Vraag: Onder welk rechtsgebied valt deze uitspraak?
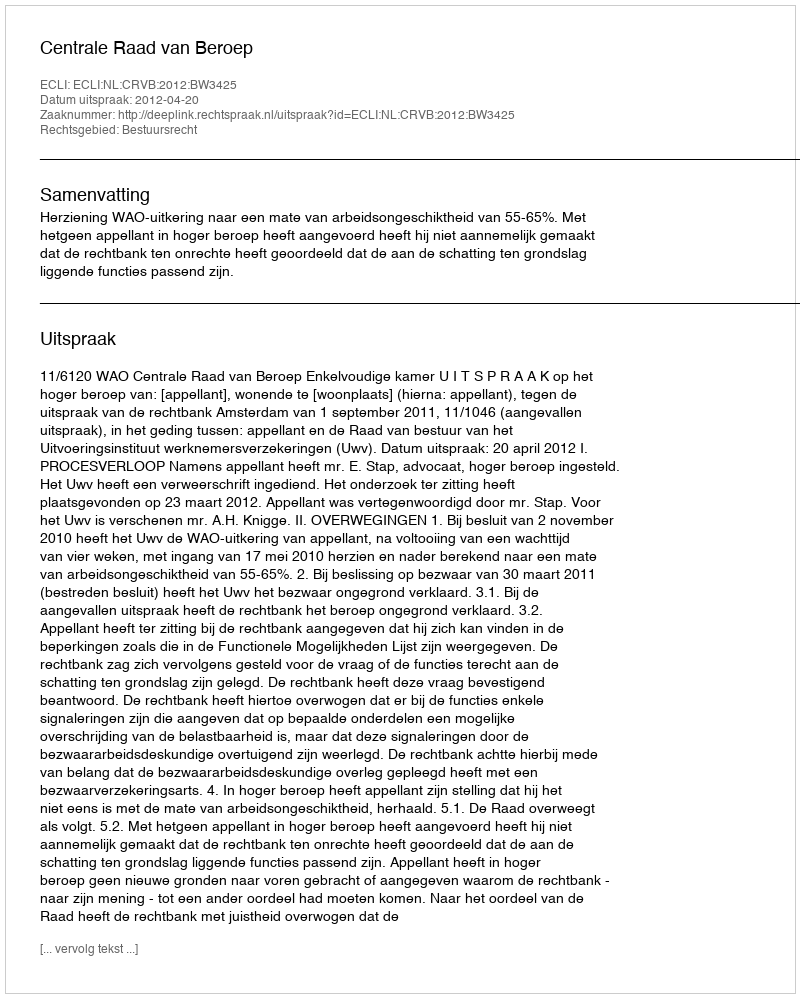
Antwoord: Bestuursrecht